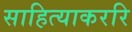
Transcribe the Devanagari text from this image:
साहित्याकररि